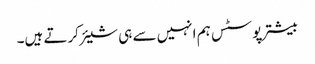
بیشتر پوسٹس ہم انہیں سے ہی شیئر کرتے ہیں۔